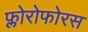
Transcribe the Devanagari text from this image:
फ्लोरोफोरस